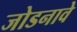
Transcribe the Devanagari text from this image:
जोडनावे